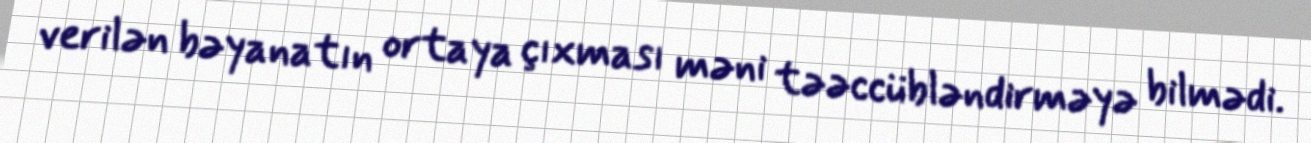
verilən bəyanatın ortaya çıxması məni təəccübləndirməyə bilmədi.